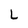
Character: L